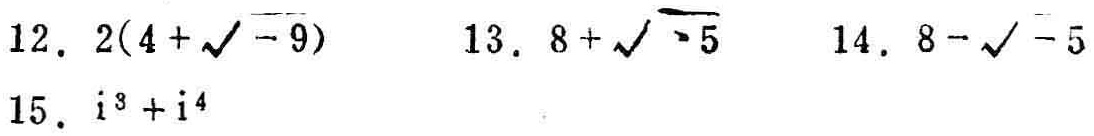
12. \(2(4 + \sqrt{-9})\)
13. \(8+\sqrt{-5}\)
14. \(8 - \sqrt{-5}\)
15. \(i^{3}+i^{4}\)